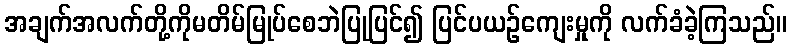
အချက်အလက်တို့ကိုမတိမ်မြုပ်စေဘဲပြုပြင်၍ ပြင်ပယဉ်ကျေးမှုကို လက်ခံခဲ့ကြသည်။